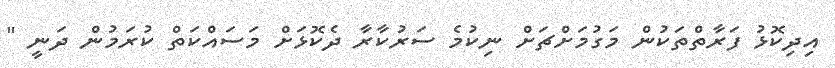
އިދިކޮޅު ފަރާތްތަކުން މަގުމަށްޗަށް ނިކުމެ ސަރުކާރާ ދެކޮޅަށް މަސައްކަތް ކުރަމުން ދަނީ "